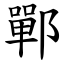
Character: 鄲